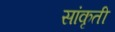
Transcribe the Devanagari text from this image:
सांकृती